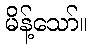
မိန့်သော်။